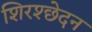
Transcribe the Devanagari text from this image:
शिरश्छेदन